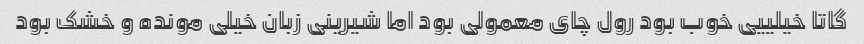
گاتا خیلییی خوب بود رول چای معمولی بود اما شیرینی زبان خیلی مونده و خشک بود